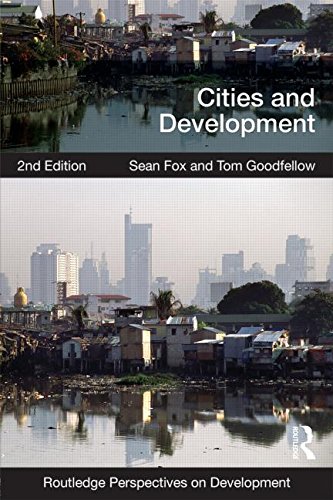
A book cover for Cities and Development (Routledge Perspectives on Development); Sean Fox; Science & Math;